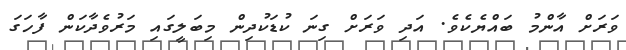
ވަރަށް އާންމު ބައްޔެކެވެ. އަދި ވަރަށް ގިނަ ކުޑަކުދިން މިބަލީގައި މަރުވެދާކަން ފާހަގަ